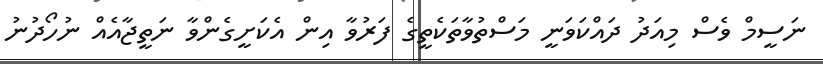
ނަސީމް ވެސް މިއަދު ދައްކަވަނީ މަސްތުވާތަކެތީގެ ފަރުވާ އިން އެކަށީގެންވާ ނަތީޖާއެއް ނުހޯދުނު